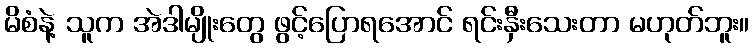
မိစံနဲ့ သူက အဲဒါမျိုးတွေ ဖွင့်ပြောရအောင် ရင်းနှီးသေးတာ မဟုတ်ဘူး။